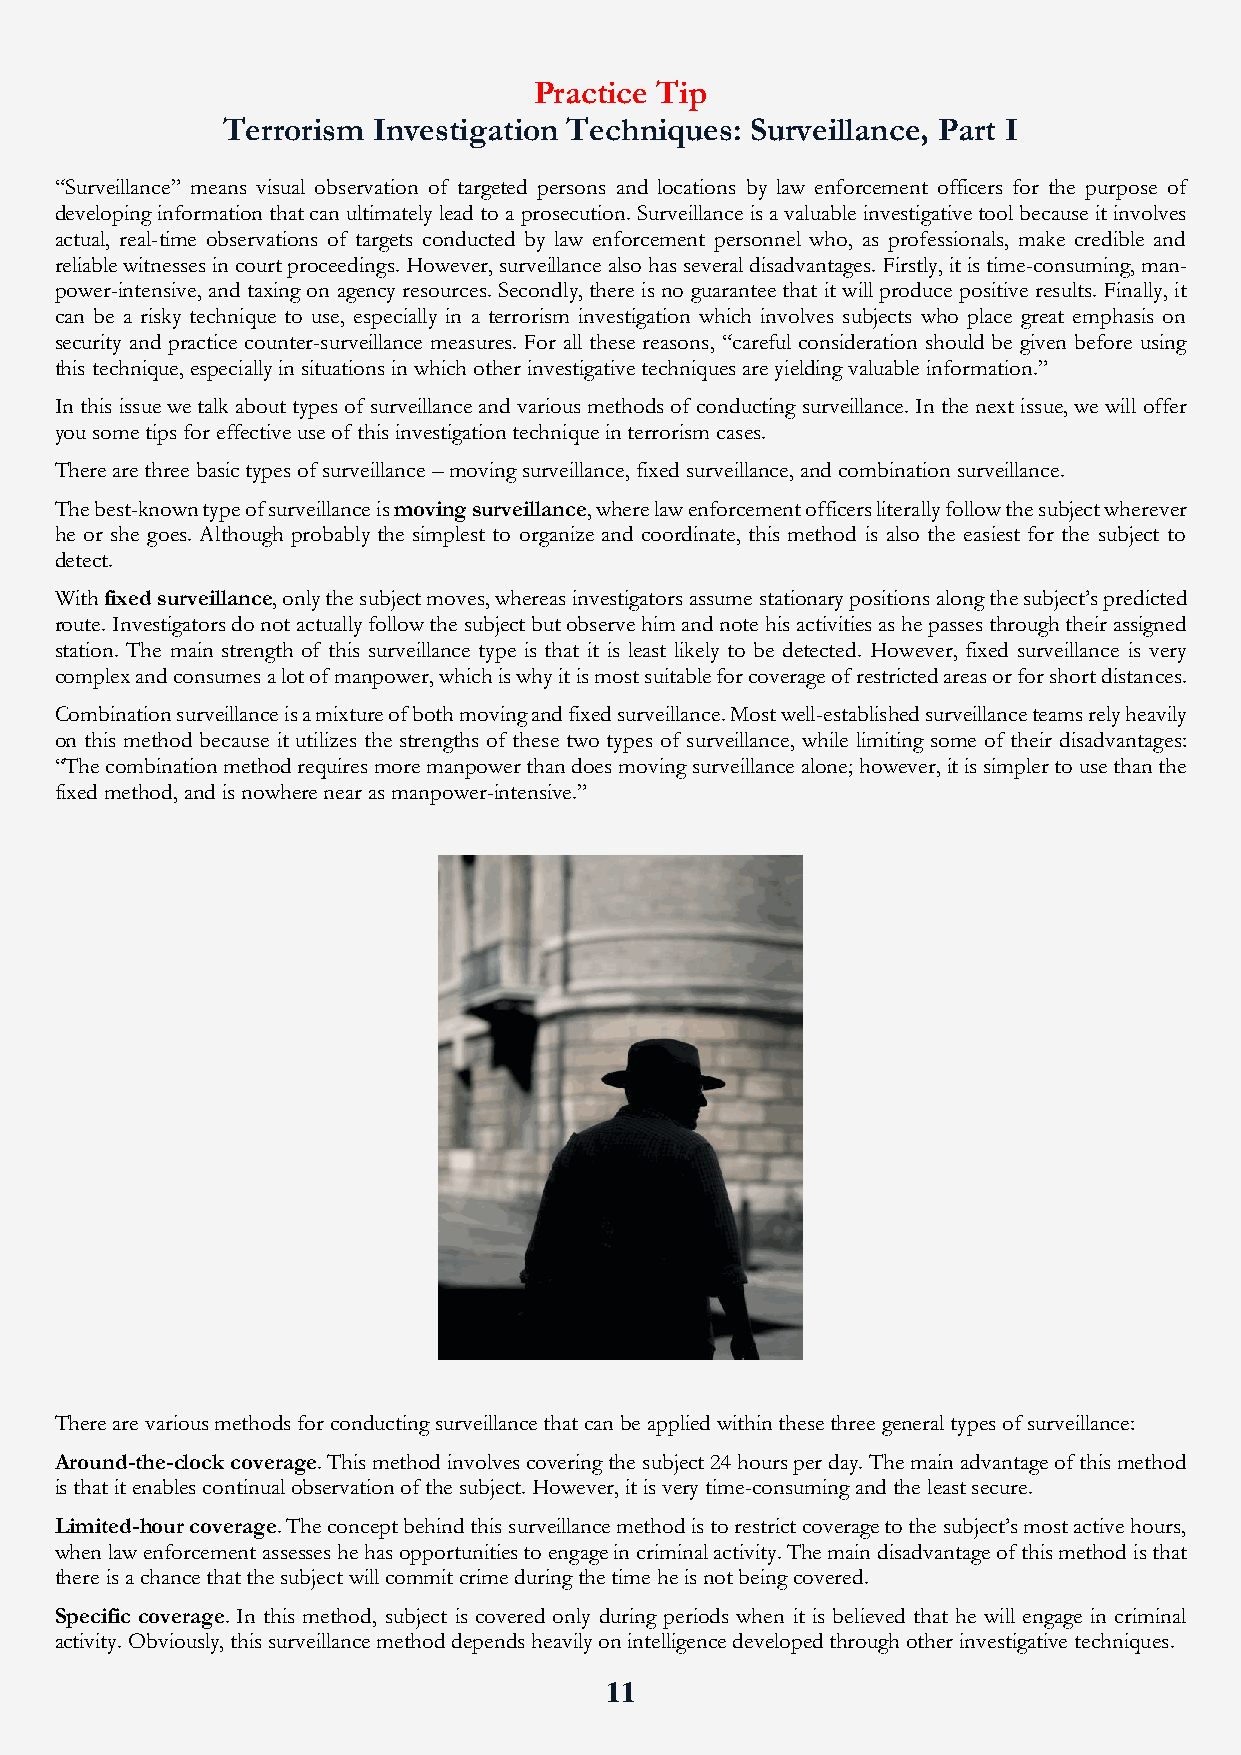
Practice Tip
 Terrorism Investigation Techniques: Surveillance, Part I
 “S urveillance” means visual observation of targeted persons and locations by law enforcement officers for the purpose of
 de veloping information that can ultimately lead to a prosecution. Surveillance is a valuable investigative tool because it involves
 actual, real-time observations of targets conducted by law enforcement personnel who, as professionals, make credible and
 reliable witnesses in court proceedings. However, surveillance also has several disadvantages. Firstly, it is time-consuming, man-
 power-intensive, and taxing on agency resources. Secondly, there is no guarantee that it will produce positive results. Finally, it
 can be a risky technique to use, especially in a terrorism investigation which involves subjects who place great emphasis on
 security and practice counter-surveillance measures. For all these reasons, “careful consideration should be given before using
 this technique, especially in situations in which other investigative techniques are yielding valuable information.”
 In this issue we talk about types of surveillance and various methods of conducting surveillance. In the next issue, we will offer
 you some tips for effective use of this investigation technique in terrorism cases.
 Th ere are three basic types of surveillance – moving surveillance, fixed surveillance, and combination surveillance.
 The best-known type of surveillance is moving surveillance, where law enforcement officers literally follow the subject wherever
 he or she goes. Although probably the simplest to organize and coordinate, this method is also the easiest for the subject to
 detect.
 With fixed surveillance, only the subject moves, whereas investigators assume stationary positions along the subject’s predicted
 route. Investigators do not actually follow the subject but observe him and note his activities as he passes through their assigned
 station. The main strength of this surveillance type is that it is least likely to be detected. However, fixed surveillance is very
 complex and consumes a lot of manpower, which is why it is most suitable for coverage of restricted areas or for short distances.
 Co mbination surveillance is a mixture of both moving and fixed surveillance. Most well-established surveillance teams rely heavily
 on this method because it utilizes the strengths of these two types of surveillance, while limiting some of their disadvantages:
 “The combination method requires more manpower than does moving surveillance alone; however, it is simpler to use than the
 fixed method, and is nowhere near as manpower-intensive.”
 There are various methods for conducting surveillance that can be applied within these three general types of surveillance:
 Around-the-clock coverage. This method involves covering the subject 24 hours per day. The main advantage of this method
 is that it enables continual observation of the subject. However, it is very time-consuming and the least secure.
 Li mited-hour coverage. The concept behind this surveillance method is to restrict coverage to the subject’s most active hours,
 wh en law enforcement assesses he has opportunities to engage in criminal activity. The main disadvantage of this method is that
 the re is a chance that the subject will commit crime during the time he is not being covered.
 Specific coverage. In this method, subject is covered only during periods when it is believed that he will engage in criminal
 activity. Obviously, this surveillance method depends heavily on intelligence developed through other investigative techniques.
 11